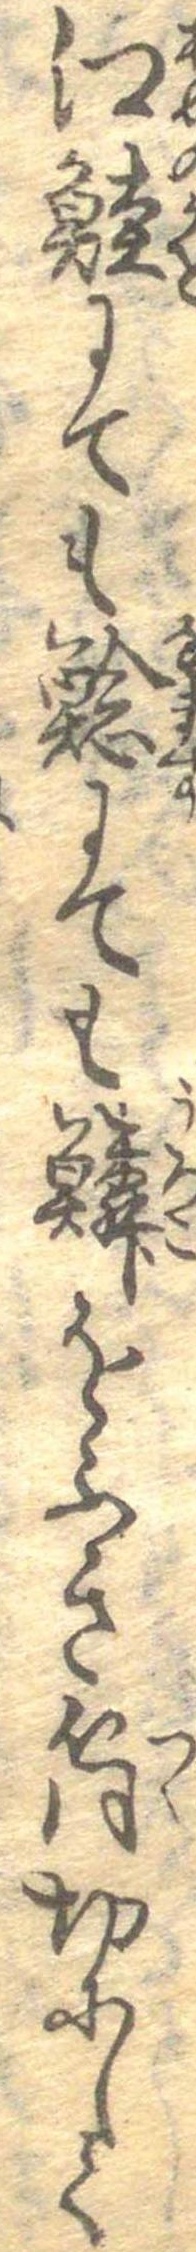
江鮭にても鯰にても鱗をふき筒切にして